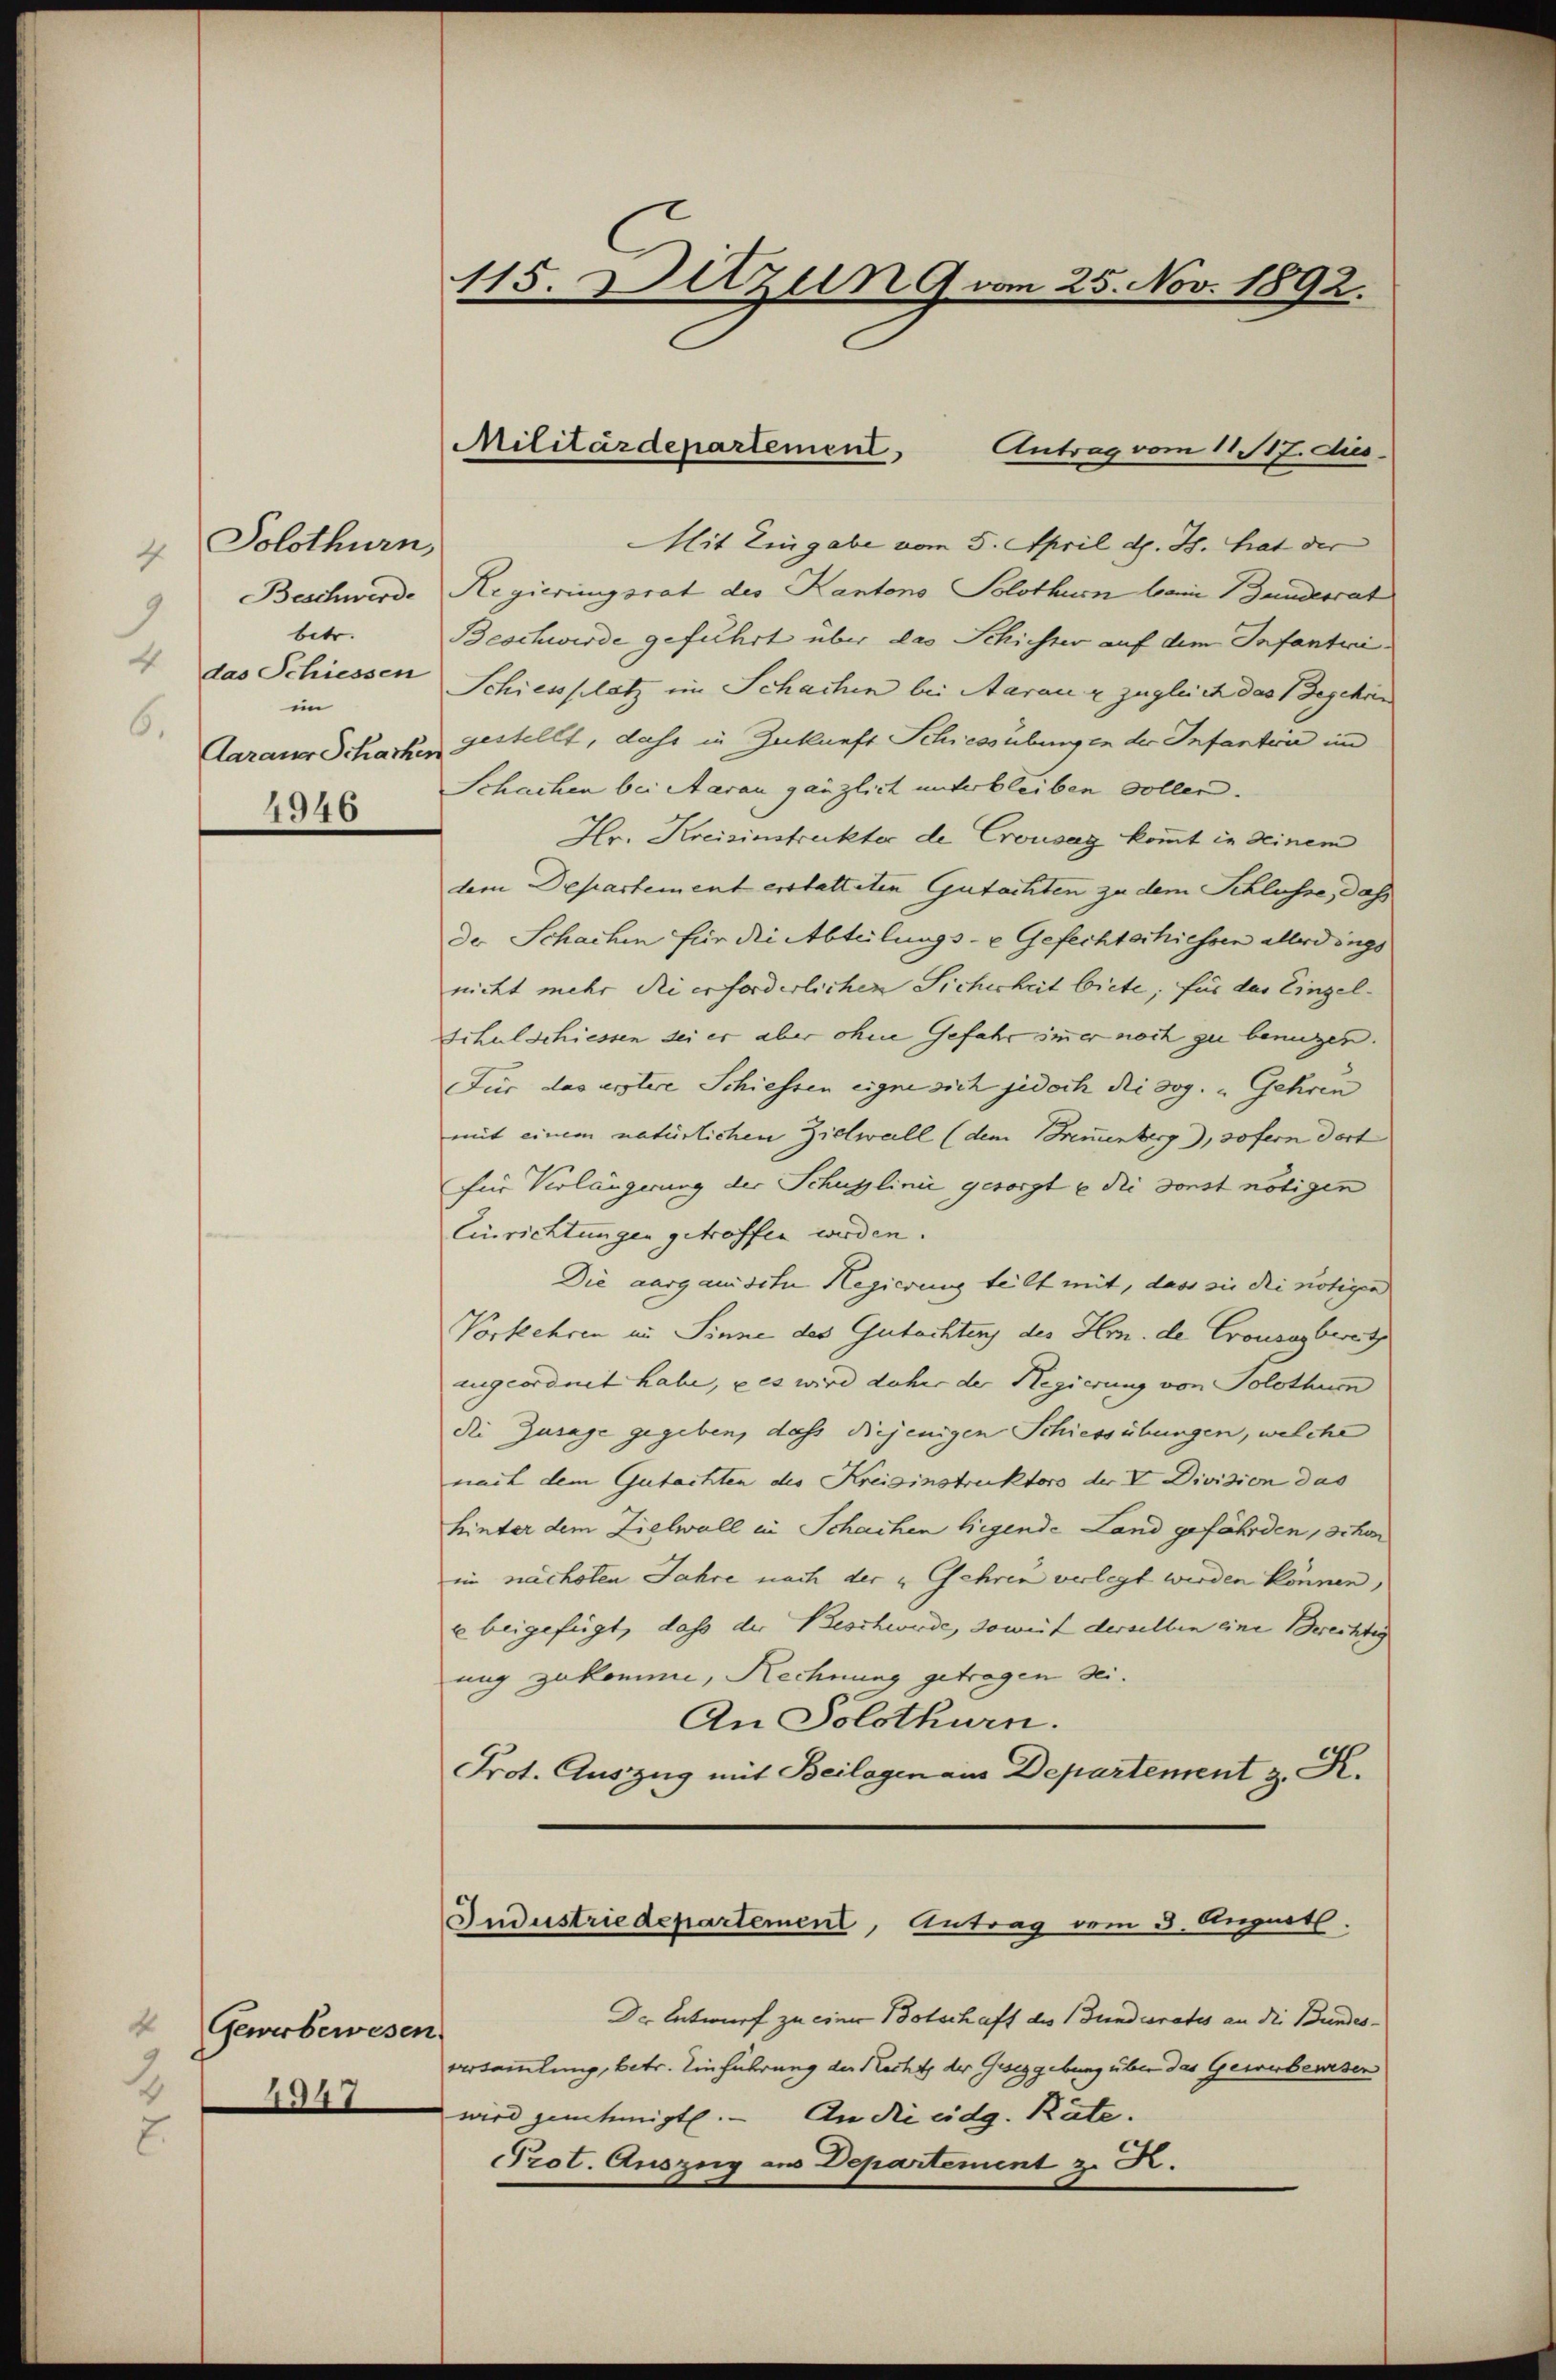
4 Solothurn,
9 Beschwerde
betr.
4
das Schiessen
im
6.
Aaraus Schacken
4946

4
Gewerbewesen
2
4347
2.

115. Dutzen 9 vom 25. Nov. 1892.

Militärdepartement Antrag vom 11. 117. dies

Mit Eingabe vom 5. April d. J. hat der
Regierungsrat des Kantons Solothur bein Bandesrat
Beschwerde geführt über das Schichter auf dem Infantici¬
Schiessplatz im Schachen bei Aarau & zugleich das Begehren
gestellt, dass in Zukunft Schiessübungen der Infantion in
Schachen bei Aarau gänzlich unterbleiben sollen.
Hr. Kreisinstruckter de Crousag kommt in deinem
dem Departement erstatteten Gutachten zu dem Schlüsse, daß
Der Schachen für die Abteilungs- & Gefechtschiessen allerdings
nicht mehr die erforderlichen Sicherheit biete, für der Einzel-
Schulschiessen sei er aber ohne Gefahr immer noch zu benuzen.
Für das erstere Schiessen eigne sich jedoch die sog. „Gehren
mit einem natürlichen Zielwall (dem Bremenberg), sofern dort
für Verlängerung der Schuplinić gesorgt u die sonst nötigen
Einrichtungen getroffen werden.
Die aargauische Hegierung teilt mit, dass sie die nötigen
Vorkehren im Sinne des Gutachtens des Hrn. de Crousarbereit
angeordnet habe, u es wird daher der Regierung von Solothum
die Zusage gegeben, dass diejenigen Schiessübungen, welche
nait dem Gutachten des Kreisinstruktors der V Division das
hinter dem Zielwall in Schachen liegende Land gefährden schon
im nächsten Jahre nach der u Gehren verlegt werden können,
ee beigefügt, daß der Beschwerde, soweit derselben eine Berechtig
ung zukomme, Rechnung getragen sei.
An Solothurn.
Prot. Auszug mit Beilagen aus Departement z. R.
Jndustriedepartement, Antrag vom 3. August.
Dr. Entwurf zu einer Botschaft des Bunderates an die Bundesversammlung, betr. Einführung der Recht der Geseggebung über das Gewerbewesen
wird genehmigt. – An die eidg. Räte.
Prot. Auszug aus Departement z. R.